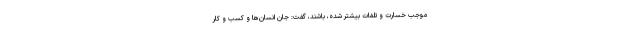
موجب خسارت و تلفات بیشتر شده، باشند، گفت: جان انسان‌ها و کسب و کار